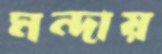
মন্দায়